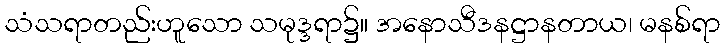
သံသရာတည်းဟူသော သမုဒ္ဒရာ၌။ အနောသီဒနဋ္ဌာနတာယ၊ မနစ်ရာ